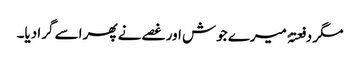
مگر دفعتہً میرے جوش اور غصے نے پھر اسے گرا دیا۔